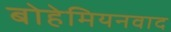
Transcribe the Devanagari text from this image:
बोहेमियनवाद